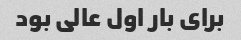
برای بار اول عالی بود